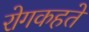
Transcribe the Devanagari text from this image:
रोगकहते